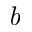
\emph { b }